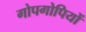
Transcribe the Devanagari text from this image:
गोपगोपियों